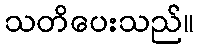
သတိပေးသည်။